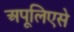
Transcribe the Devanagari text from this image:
अपूलिएसे